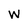
Character: w